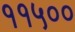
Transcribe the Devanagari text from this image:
११५००